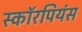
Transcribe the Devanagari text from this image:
स्कॉरपियंस